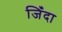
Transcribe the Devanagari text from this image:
जिँदा